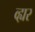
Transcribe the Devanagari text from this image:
व्ह्यर